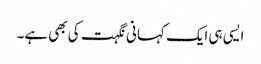
ایسی ہی ایک کہانی نگہت کی بھی ہے۔